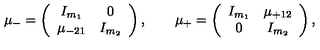
\mu _ { - } = \left( \begin{array} { c c } { I _ { m _ { 1 } } } & { 0 } \\ { \mu _ { - 2 1 } } & { I _ { m _ { 2 } } } \\ \end{array} \right) , \qquad \mu _ { + } = \left( \begin{array} { c c } { I _ { m _ { 1 } } } & { \mu _ { + 1 2 } } \\ { 0 } & { I _ { m _ { 2 } } } \\ \end{array} \right) ,